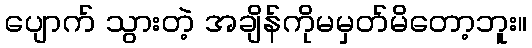
ပျောက် သွားတဲ့ အချိန်ကိုမမှတ်မိတော့ဘူး။